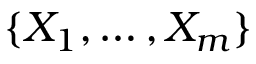
\{ X _ { 1 } , \ldots , X _ { m } \}